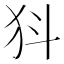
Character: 𭷾